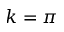
k = \pi